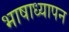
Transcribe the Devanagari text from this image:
भाषाध्यापन